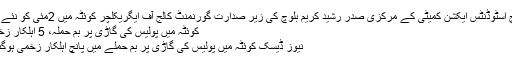
بلوچ اسٹوڈنٹس ایکشن کمیٹی کے مرکزی صدر رشید کریم بلوچ کی زیر صدارت گورنمنٹ کالج آف ایگریکلچر کوئٹہ میں 2مئی کو نئے …
کوئٹہ میں پولیس کی گاڑی پر بم حملہ، 5 اہلکار زخمی
نیوز ڈیسک کوئٹہ میں پولیس کی گاڑی پر بم حملے میں پانچ اہلکار زخمی ہوگئے۔